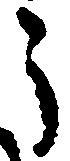
う